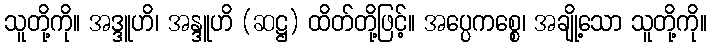
သူတို့ကို။ အဒ္ဒူဟိ၊ အန္ဒူဟိ (ဆဋ္ဌ) ထိတ်တို့ဖြင့်။ အပ္ပေကစ္စေ၊ အချို့သော သူတို့ကို။